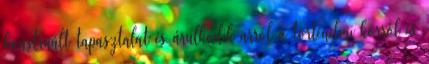
konstruált tapasztalat és árulkodik arról a történelmi korról és